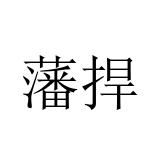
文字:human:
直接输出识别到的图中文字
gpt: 藩捍